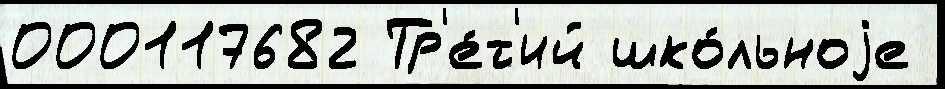
000117682 Тр'е́т'ий шко́льноjе